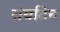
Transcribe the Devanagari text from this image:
संघटिन